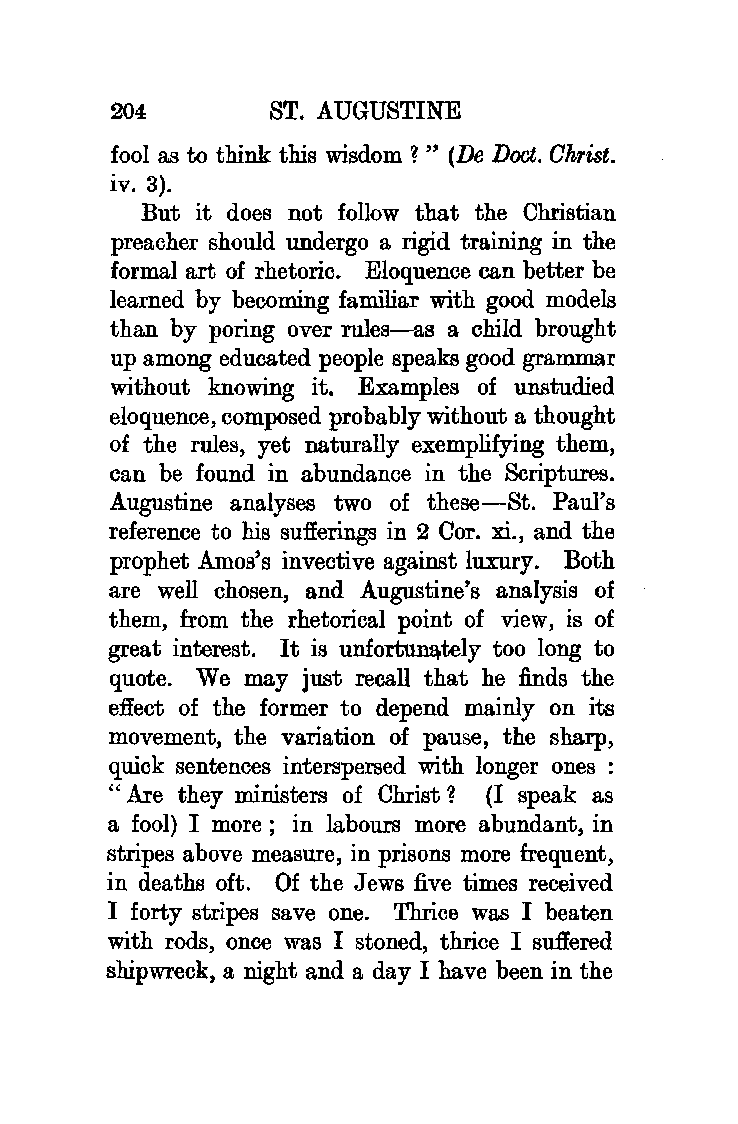
204        ST. AUGUSTINE
 fool as to think this wisdom ? " (De Dod. Christ.
 iv. 3).
 But it does not follow that the Christian
 preacher should undergo a rigid training in the
 formal art of rhetoric. Eloquence can better be
 learned by becoming familiar with good models
 than by poring over rules-as a child brought
 up among educated people speaks good grammar
 without knowing it. Examples of unstudied
 eloquence, composed probably without a thought
 of the rules, yet naturally exemplifying them,
 can be found in abundance in the Scriptures.
 Augustine analyses two of these-St. Paul's
 reference to his sufferings in 2 Cor. xi., and the
 prophet Amos's invective against luxury. Both
 are well chosen, and Augustine's analysis of
 them, from the rhetorical point of view, is of
 great interest. It is unfortu.ru\,tely too long to
 quote. We may just recall that he finds the
 effect of the former to depend mainly on its
 movement, the variation of pause, the sharp,
 quick sentences interspersed with longer ones :
 " Are they ministers of Christ ? (I speak as
 a fool) I more; in labours more abundant, in
 stripes above measure, in prisons more frequent,
 in deaths oft. Of the Jews five times received
 I forty stripes save one. Thrice was I beaten
 with rods, once was I stoned, thrice I suffered
 shipwreck, a night and a day I have been in the